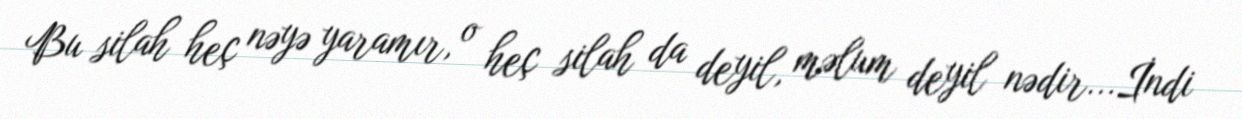
Bu silah heç nəyə yaramır, o heç silah da deyil, məlum deyil nədir...İndi